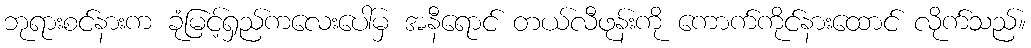
ဘုရားစင်နားက ခုံမြင့်ရှည်ကလေးပေါ်မှ အနီရောင် တယ်လီဖုန်းကို ကောက်ကိုင်နားထောင် လိုက်သည်။